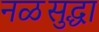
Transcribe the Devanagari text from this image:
नळसुद्धा